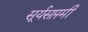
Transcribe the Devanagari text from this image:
सूर्यसप्तमी